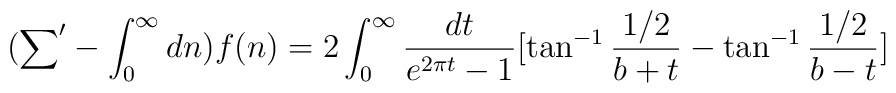
({\sum}'-\int_0^{\infty}dn)f(n)=2\int_0^{\infty}\frac{dt}{e^{2\pi t}-1}[\tan^{-1}\frac{1/2}{b+t}-\tan^{-1}\frac{1/2}{b-t}]